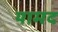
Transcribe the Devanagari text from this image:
यामद